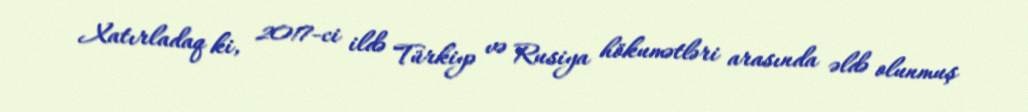
Xatırladaq ki, 2017-ci ildə Türkiyə və Rusiya hökumətləri arasında əldə olunmuş